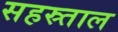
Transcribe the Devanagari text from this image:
सहस्र्ताल